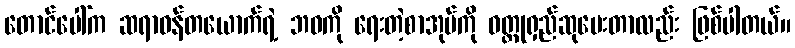
တောင်ပေါ်က ဆရာဝန်တယောက်ရဲ့ ဘဝကို ရေးတဲ့စာအုပ်ကို ဝတ္ထုရှည်ဆုပေးတာလည်း ဖြစ်ပါတယ်။